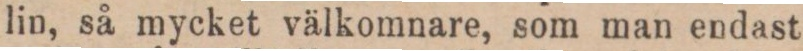
lin, så mycket välkomnare, som man endast